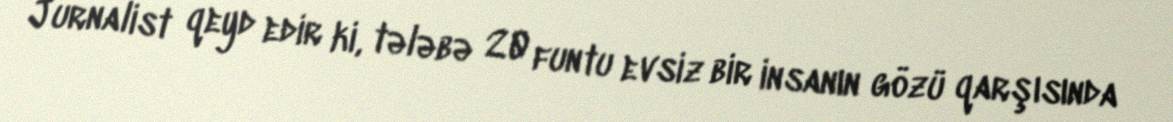
Jurnalist qeyd edir ki, tələbə 20 funtu evsiz bir insanın gözü qarşısında